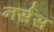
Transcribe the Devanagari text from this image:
नर्सस